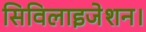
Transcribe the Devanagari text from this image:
सिविलाइजेशन।